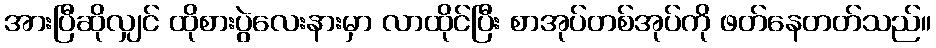
အားပြီဆိုလျှင် ထိုစားပွဲလေးနားမှာ လာထိုင်ပြီး စာအုပ်တစ်အုပ်ကို ဖတ်နေတတ်သည်။